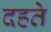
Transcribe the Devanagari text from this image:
दहते